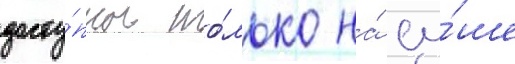
досту́пны то́лько на́ су́ше